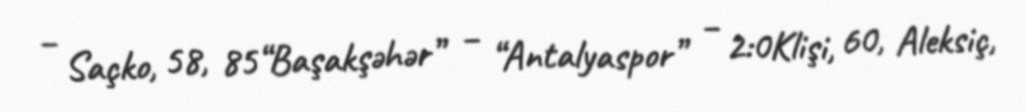
– Saçko, 58, 85“Başakşəhər” – “Antalyaspor” – 2:0Klişi, 60, Aleksiç,